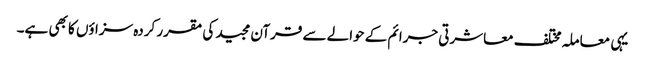
یہی معاملہ مختلف معاشرتی جرائم کے حوالے سے قرآن مجید کی مقرر کردہ سزاؤں کا بھی ہے۔